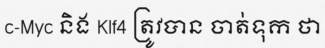
c-Myc និង Klf4 ត្រូវបាន ចាត់ទុក ថា